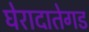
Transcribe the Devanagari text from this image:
घेरादातेगड